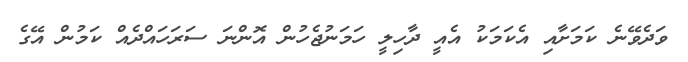
ވަދެވޭނެ ކަމަށާއި އެކަމަކު އެއީ ދާހިލީ ހަމަނުޖެހުން އޮންނަ ސަރަހައްދެއް ކަމުން އޭގެ